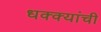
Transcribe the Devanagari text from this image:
धक्क्यांची